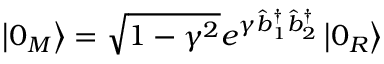
\left\vert 0 _ { M } \right\rangle = \sqrt { 1 - \gamma ^ { 2 } } e ^ { \gamma \hat { b } _ { 1 } ^ { \dagger } \hat { b } _ { 2 } ^ { \dagger } } \left\vert 0 _ { R } \right\rangle